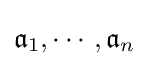
{\mathfrak {a}}_{1},\cdots ,{\mathfrak {a}}_{n}